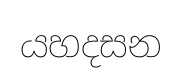
යහදසන